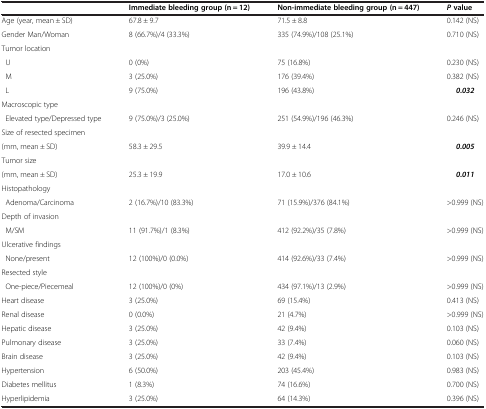
<table><thead><tr><td><b> </b></td><td><b>Immediate bleeding group (n = 12)</b></td><td><b>Non-immediate bleeding group (n = 447)</b></td><td><b><i>P </i>value</b></td></tr></thead><tbody><tr><td>Age (year, mean ± SD)</td><td>67.8 ± 9.7</td><td>71.5 ± 8.8</td><td>0.142 (NS)</td></tr><tr><td>Gender Man/Woman</td><td>8 (66.7%)/4 (33.3%)</td><td>335 (74.9%)/108 (25.1%)</td><td>0.710 (NS)</td></tr><tr><td>Tumor location</td><td> </td><td> </td><td> </td></tr><tr><td> U</td><td>0 (0%)</td><td>75 (16.8%)</td><td>0.230 (NS)</td></tr><tr><td> M</td><td>3 (25.0%)</td><td>176 (39.4%)</td><td>0.382 (NS)</td></tr><tr><td> L</td><td>9 (75.0%)</td><td>196 (43.8%)</td><td><b><i>0.032</i></b></td></tr><tr><td>Macroscopic type</td><td> </td><td> </td><td> </td></tr><tr><td> Elevated type/Depressed type</td><td>9 (75.0%)/3 (25.0%)</td><td>251 (54.9%)/196 (46.3%)</td><td>0.246 (NS)</td></tr><tr><td>Size of resected specimen</td><td> </td><td> </td><td> </td></tr><tr><td>(mm, mean ± SD)</td><td>58.3 ± 29.5</td><td>39.9 ± 14.4</td><td><b><i>0.005</i></b></td></tr><tr><td>Tumor size</td><td> </td><td> </td><td> </td></tr><tr><td>(mm, mean ± SD)</td><td>25.3 ± 19.9</td><td>17.0 ± 10.6</td><td><b><i>0.011</i></b></td></tr><tr><td>Histopathology</td><td> </td><td> </td><td> </td></tr><tr><td> Adenoma/Carcinoma</td><td>2 (16.7%)/10 (83.3%)</td><td>71 (15.9%)/376 (84.1%)</td><td>&gt;0.999 (NS)</td></tr><tr><td>Depth of invasion</td><td> </td><td> </td><td> </td></tr><tr><td> M/SM</td><td>11 (91.7%)/1 (8.3%)</td><td>412 (92.2%)/35 (7.8%)</td><td>&gt;0.999 (NS)</td></tr><tr><td>Ulcerative findings</td><td> </td><td> </td><td> </td></tr><tr><td> None/present</td><td>12 (100%)/0 (0.0%)</td><td>414 (92.6%)/33 (7.4%)</td><td>&gt;0.999 (NS)</td></tr><tr><td>Resected style</td><td> </td><td> </td><td> </td></tr><tr><td> One-piece/Piecemeal</td><td>12 (100%)/0 (0%)</td><td>434 (97.1%)/13 (2.9%)</td><td>&gt;0.999 (NS)</td></tr><tr><td>Heart disease</td><td>3 (25.0%)</td><td>69 (15.4%)</td><td>0.413 (NS)</td></tr><tr><td>Renal disease</td><td>0 (0.0%)</td><td>21 (4.7%)</td><td>&gt;0.999 (NS)</td></tr><tr><td>Hepatic disease</td><td>3 (25.0%)</td><td>42 (9.4%)</td><td>0.103 (NS)</td></tr><tr><td>Pulmonary disease</td><td>3 (25.0%)</td><td>33 (7.4%)</td><td>0.060 (NS)</td></tr><tr><td>Brain disease</td><td>3 (25.0%)</td><td>42 (9.4%)</td><td>0.103 (NS)</td></tr><tr><td>Hypertension</td><td>6 (50.0%)</td><td>203 (45.4%)</td><td>0.983 (NS)</td></tr><tr><td>Diabetes mellitus</td><td>1 (8.3%)</td><td>74 (16.6%)</td><td>0.700 (NS)</td></tr><tr><td>Hyperlipidemia</td><td>3 (25.0%)</td><td>64 (14.3%)</td><td>0.396 (NS)</td></tr></tbody></table>